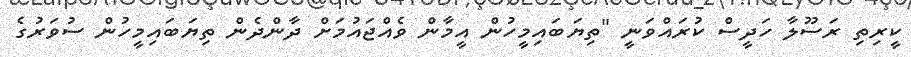
ކީރިތި ރަސޫލާ ހަދީސް ކުރައްވަނީ "ތިޔަބައިމީހުން އީމާން ވެއްޖައުމަށް ދާންދެން ތިޔަބައިމީހުން ސުވަރުގެ